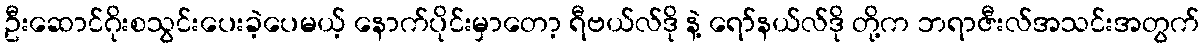
ဦးဆောင်ဂိုးစသွင်းပေးခဲ့ပေမယ့် နောက်ပိုင်းမှာတော့ ရီဗယ်လ်ဒို နဲ့ ရော်နယ်လ်ဒို တို့က ဘရာဇီးလ်အသင်းအတွက်